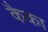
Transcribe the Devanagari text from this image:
कैका